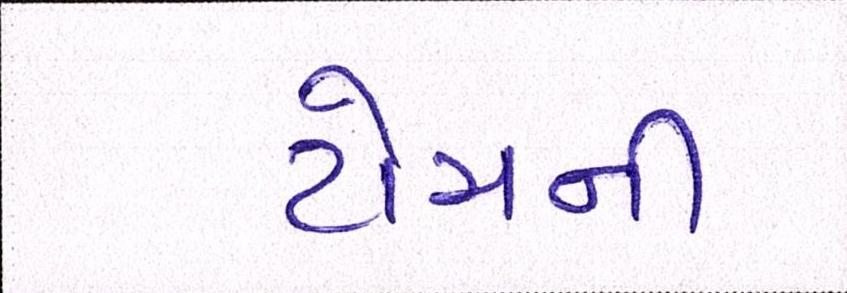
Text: ટોચની